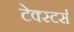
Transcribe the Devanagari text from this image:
टेक्स्टर्स